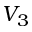
V _ { 3 }